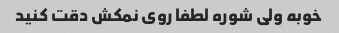
خوبه ولی شوره لطفا روی نمکش دقت کنید